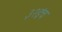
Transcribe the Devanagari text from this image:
३२इंच